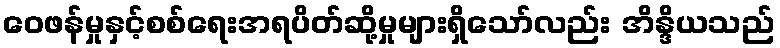
ဝေဖန်မှုနှင့်စစ်ရေးအရပိတ်ဆို့မှုများရှိသော်လည်း အိန္ဒိယသည်